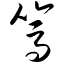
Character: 笃